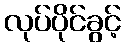
လုပ်ပိုင်ခွင့်